Report on vaccination in Madras 1877-1894 - 1877-1894
Year: 1877
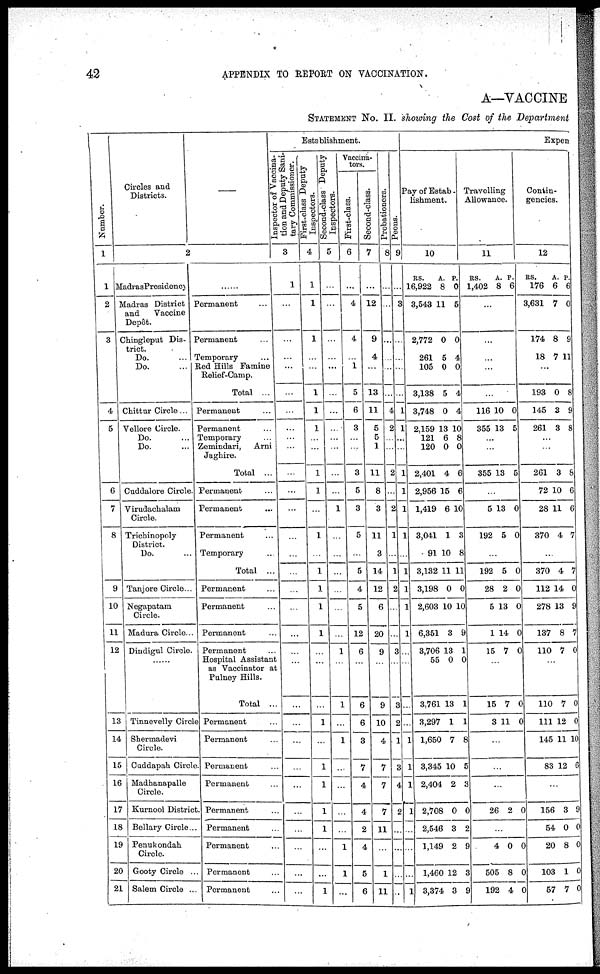
42
APPENDIX TO REPORT ON VACCINATION.
A—VACCINE
STATEMENT No. II. showing the Cost of the Department
Number.
1
1
2
3
4
5
6
7
8
9
10
11
12
13
14
15
16
17
18
19
20
21
Circles and
Districts.
—
2
MadrasPresidency
Madras District
and
Vaccine
Depôt.
Chingleput Dis-
trict.
Do. ...
Do. ...
Chittur Circle...
Vellore Circle.
Do. ...
Do. ...
Cuddalore Circle.
Virudachalam
Circle.
Trichinopoly
District.
Do. ...
Tanjore Circle ...
Negapatam
Circle.
Madura Circle ...
Dindigul Circle.
......
Tinnevelly Circle
Shermadevi
Circle.
Caddapah Circle.
Madhanapalle
Circle.
Kurnool District.
Bellary Circle ...
Penukondah
Circle.
Gooty Circle ...
Salem Circle ...
......
Permanent ...
Permanent ...
Temporary ...
Red Hills Famine
Relief-Camp.
Total ...
Permanent ...
Permanent ...
Temporary ...
Zemindari, Arni
Jaghire.
Total ...
Permanent. ...
Permanent ...
Permanent ...
Temporary ...
Total ...
Permanent ...
Permanent ...
Permanent ...
Permanent ...
Hospital Assistant
as Vaccinator at
Pulney Hills.
Total ...
Permanent ...
Permanent ...
Permanent ...
Permanent ...
Permanent ...
Permanent ...
Permanent ...
Permanent ...
Permanent ...
Establishment.
Inspector of Vaccina-
tion and Deputy Sani-
tary Commissioner.
3
1
...
...
...
...
...
...
...
...
...
...
...
...
...
...
...
...
...
...
...
...
...
...
...
...
...
...
...
...
...
...
First-class Deputy
Inspectors.
4
1
1
1
...
...
1
1
1
...
...
1
1
...
1
...
1
1
1
1
...
...
...
1
...
1
1
1
1
...
...
1
Second-class Deputy
Inspectors.
5
...
...
...
...
...
...
...
...
...
...
...
...
1
...
...
...
...
...
...
1
...
1
...
1
...
...
...
...
1
1
...
Vaccina¬
tors.
First-class.
6
...
4
4
...
1
5
6
3
...
...
3
5
3
5
...
5
4
5
12
6
...
6
6
3
7
4
4
2
4
5
6
Second-class.
7
...
12
9
4
...
13
11
5
5
1
11
8
3
11
3
14
12
6
20
9
...
9
10
4
7
7
7
11
...
1
11
Probationers.
8
...
...
...
...
...
...
4
2
...
...
2
...
2
1
...
1
2
...
...
3
...
3
2
1
3
4
2
...
...
...
..
Peons.
9
...
3
...
...
...
...
1
1
...
...
1
1
1
1
...
1
1
1
1
...
...
...
...
1
1
1
1
...
...
...
1
Expen
Pay of Estab¬
ishment.
10
Rs.
16,922
3,543
2,772
261
105
3,138
3,748
2,159
121
120
2,401
2,956
1,419
3,041
91
3,132
3,198
2,603
6,351
3,706
55
3,761
3,297
1,650
3,345
2,404
2,708
2,546
1,149
1,460
3,374
A.
8
11
0
5
0
5
0
13
6
0
4
15
6
1
10
11
0
10
3
13
0
13
1
7
10
2
0
3
2
12
3
P.
0
5
0
4
0
4
4
10
8
0
6
6
10
3
8
11
0
10
9
1
0
1
1
8
5
3
0
2
9
3
9
Travelling
Allowance.
11
Rs.
1,402
A.
8
P.
6
...
...
...
...
...
116
355
10
13
0
5
...
...
355
...
5
192
...
192
28
5
1
15
13
...
13
5
...
5
2
13
14
7
5
...
0
0
...
0
0
0
0
0
...
15
3
7
11
0
0
...
...
...
26 2 0
...
4
505
192
0
8
4
0
0
0
Contin-
gencies.
12
Rs.
176
3,631
174
18
A.
6
7
8
7
P.
6
0
9
11
...
193
145
261
0
3
3
8
9
8
...
...
261
72
28
370
...
370
112
278
137
110
3
10
11
4
...
4
14
13
8
7
8
6
6
7
...
7
0
9
7
0
...
110
111
145
83
7
12
11
12
0
0
10
6
...
156
54
20
103
57
3
0
8
1
7
9
0
0
0
0